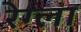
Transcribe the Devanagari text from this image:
रेग्ला